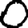
Digit: 0